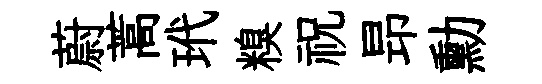
蔚蒿玳糗祝昻勳